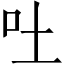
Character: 吐